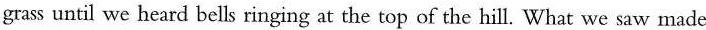
grass until we heard bells ringing at the top of the hill. What we saw made